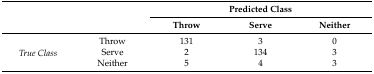
<table><thead><tr><td rowspan="2" colspan="2"></td><td colspan="3"><b>Predicted Class</b></td></tr><tr><td><b>Throw</b></td><td><b>Serve</b></td><td><b>Neither</b></td></tr></thead><tbody><tr><td rowspan="3"><i>True Class</i></td><td>Throw</td><td>131</td><td>3</td><td>0</td></tr><tr><td>Serve</td><td>2</td><td>134</td><td>3</td></tr><tr><td>Neither</td><td>5</td><td>4</td><td>3</td></tr></tbody></table>